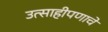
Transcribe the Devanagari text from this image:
उत्साहीपणाचे